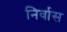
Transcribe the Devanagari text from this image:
निर्वास